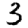
Digit: 3